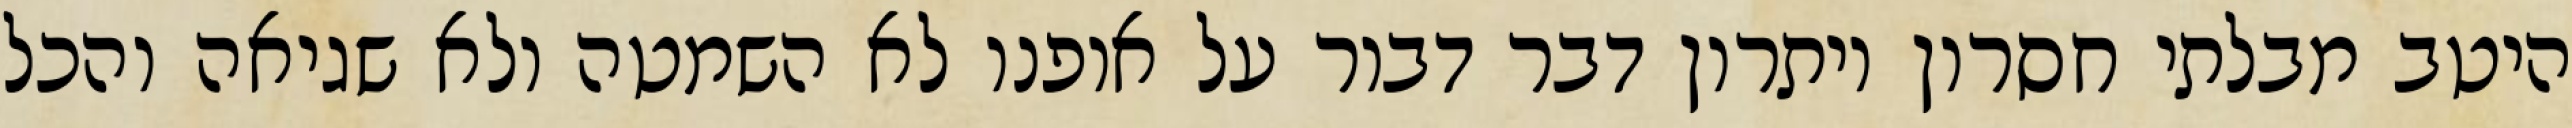
היטב מבלתי חסרון ויתרון דבר דבור על אופנו לא השמטה ולא שגיאה והכל